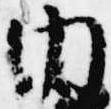
内